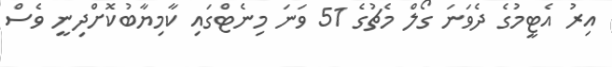
އިރު އެޓީމުގެ ދެވަނަ ގޯލް މެޗުގެ 51 ވަނަ މިނެޓްގައި ކާމިޔާބުކޮށްދިނީ ވެސް